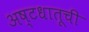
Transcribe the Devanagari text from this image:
अष्टधातूची